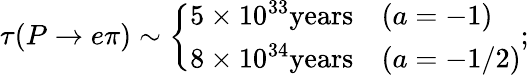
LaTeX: \tau(P\rightarrow e\pi)\sim\left\{ \begin{array}{cl}{{5\times 10^{33}\mathrm{years}}}&{{(a=-1)}}\\ {{8\times 10^{34}\mathrm{years}}}&{{(a=-1/2)}}\end{array}\right.;